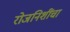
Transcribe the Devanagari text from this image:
रोजनिशींचा